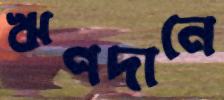
ঋণদানে